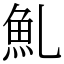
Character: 䰲